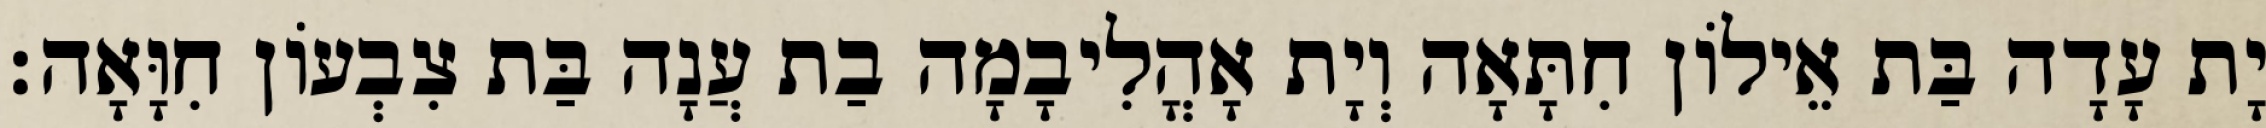
יָת עָדָה בַּת אֵילוֹן חִתָּאָה וְיָת אָהֳלִיבָמָה בַת עֲנָה בַּת צִבְעוֹן חִוָּאָה׃